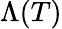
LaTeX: \Lambda(T)